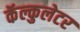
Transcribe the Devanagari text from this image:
कॅल्कुलेटर